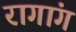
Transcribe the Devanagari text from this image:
रागांग